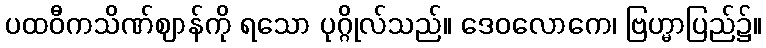
ပထဝီကသိဏ်ဈာန်ကို ရသော ပုဂ္ဂိုလ်သည်။ ဒေဝလောကေ၊ ဗြဟ္မာပြည်၌။